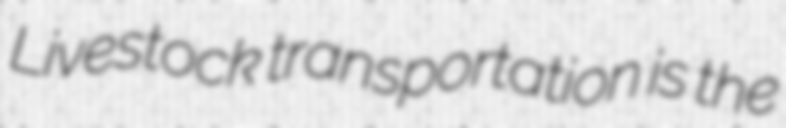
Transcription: Livestock transportation is the